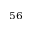
^ { 5 6 }